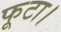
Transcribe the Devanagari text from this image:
फूटा।